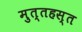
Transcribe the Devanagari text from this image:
मुत्तहस्त